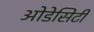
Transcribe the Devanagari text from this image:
ओडेसिटी